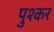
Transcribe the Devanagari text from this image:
पुश्कर